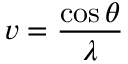
v = \frac { \cos { \theta } } { \lambda }